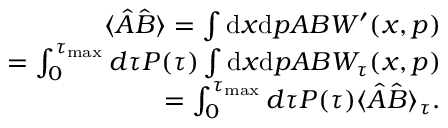
\begin{array} { r l r } & { } & { \langle \hat { A } \hat { B } \rangle = \int \mathrm { d } x \mathrm { d } p A B W ^ { \prime } ( x , p ) } \\ & { } & { = \int _ { 0 } ^ { \tau _ { \mathrm { m a x } } } d \tau P ( \tau ) \int \mathrm { d } x \mathrm { d } p A B W _ { \tau } ( x , p ) } \\ & { } & { = \int _ { 0 } ^ { \tau _ { \mathrm { m a x } } } d \tau P ( \tau ) \langle \hat { A } \hat { B } \rangle _ { \tau } . } \end{array}